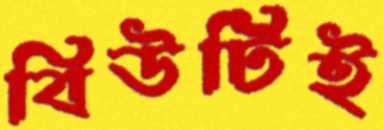
বিউটিই